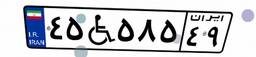
۴۵W۵۸۵۴۹